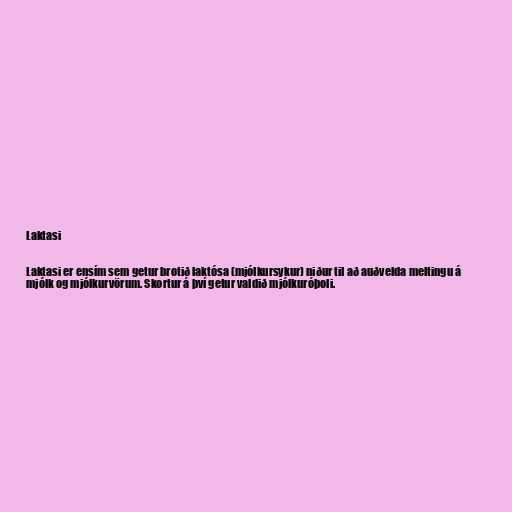
Laktasi

Laktasi er ensím sem getur brotið laktósa (mjólkursykur) niður til að auðvelda meltingu á
mjólk og mjólkurvörum. Skortur á því getur valdið mjólkuróþoli.